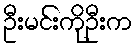
ဦးမင်းကိုဦးက